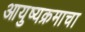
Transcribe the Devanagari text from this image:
आयुष्यक्रमाचा